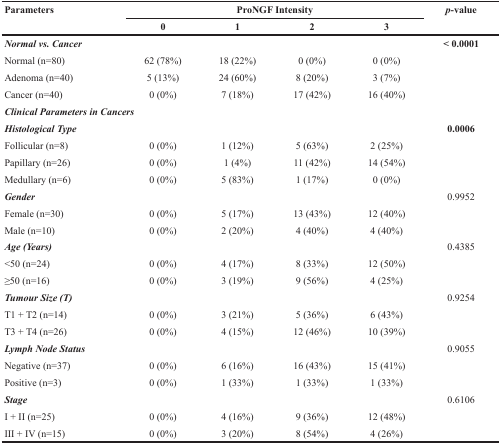
<table><thead><tr><td rowspan="2"><b>Parameters</b></td><td colspan="4"><b>ProNGF Intensity</b></td><td rowspan="2"><b><i>p</i>-value</b></td></tr><tr><td><b>0</b></td><td><b>1</b></td><td><b>2</b></td><td><b>3</b></td></tr></thead><tbody><tr><td><b><i>Normal vs. Cancer</i></b></td><td></td><td></td><td></td><td></td><td><b>&lt; 0.0001</b></td></tr><tr><td>Normal (n=80)</td><td>62 (78%)</td><td>18 (22%)</td><td>0 (0%)</td><td>0 (0%)</td><td></td></tr><tr><td>Adenoma (n=40)</td><td>5 (13%)</td><td>24 (60%)</td><td>8 (20%)</td><td>3 (7%)</td><td></td></tr><tr><td>Cancer (n=40)</td><td>0 (0%)</td><td>7 (18%)</td><td>17 (42%)</td><td>16 (40%)</td><td></td></tr><tr><td colspan="6"><b><i>Clinical Parameters in Cancers</i></b></td></tr><tr><td><b><i>Histological Type</i></b></td><td></td><td></td><td></td><td></td><td><b>0.0006</b></td></tr><tr><td>Follicular (n=8)</td><td>0 (0%)</td><td>1 (12%)</td><td>5 (63%)</td><td>2 (25%)</td><td></td></tr><tr><td>Papillary (n=26)</td><td>0 (0%)</td><td>1 (4%)</td><td>11 (42%)</td><td>14 (54%)</td><td></td></tr><tr><td>Medullary (n=6)</td><td>0 (0%)</td><td>5 (83%)</td><td>1 (17%)</td><td>0 (0%)</td><td></td></tr><tr><td><b><i>Gender</i></b></td><td></td><td></td><td></td><td></td><td>0.9952</td></tr><tr><td>Female (n=30)</td><td>0 (0%)</td><td>5 (17%)</td><td>13 (43%)</td><td>12 (40%)</td><td></td></tr><tr><td>Male (n=10)</td><td>0 (0%)</td><td>2 (20%)</td><td>4 (40%)</td><td>4 (40%)</td><td></td></tr><tr><td><b><i>Age (Years)</i></b></td><td></td><td></td><td></td><td></td><td>0.4385</td></tr><tr><td>&lt;50 (n=24)</td><td>0 (0%)</td><td>4 (17%)</td><td>8 (33%)</td><td>12 (50%)</td><td></td></tr><tr><td>≥50 (n=16)</td><td>0 (0%)</td><td>3 (19%)</td><td>9 (56%)</td><td>4 (25%)</td><td></td></tr><tr><td><b><i>Tumour Size (T)</i></b></td><td></td><td></td><td></td><td></td><td>0.9254</td></tr><tr><td>T1 + T2 (n=14)</td><td>0 (0%)</td><td>3 (21%)</td><td>5 (36%)</td><td>6 (43%)</td><td></td></tr><tr><td>T3 + T4 (n=26)</td><td>0 (0%)</td><td>4 (15%)</td><td>12 (46%)</td><td>10 (39%)</td><td></td></tr><tr><td><b><i>Lymph Node Status</i></b></td><td></td><td></td><td></td><td></td><td>0.9055</td></tr><tr><td>Negative (n=37)</td><td>0 (0%)</td><td>6 (16%)</td><td>16 (43%)</td><td>15 (41%)</td><td></td></tr><tr><td>Positive (n=3)</td><td>0 (0%)</td><td>1 (33%)</td><td>1 (33%)</td><td>1 (33%)</td><td></td></tr><tr><td><b><i>Stage</i></b></td><td></td><td></td><td></td><td></td><td>0.6106</td></tr><tr><td>I + II (n=25)</td><td>0 (0%)</td><td>4 (16%)</td><td>9 (36%)</td><td>12 (48%)</td><td></td></tr><tr><td>III + IV (n=15)</td><td>0 (0%)</td><td>3 (20%)</td><td>8 (54%)</td><td>4 (26%)</td><td></td></tr></tbody></table>